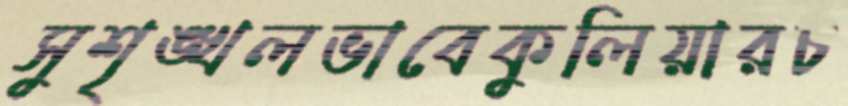
সুশৃঙ্খলভাবেকুলিয়ারচ